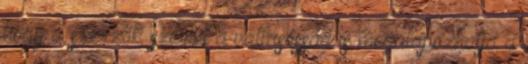
hogy a szerzők szerint a vallásosság is megalapozhatja a